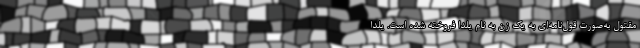
مقتول به‌صورت قول‌نامه‌ای به یک زن به نام یلدا فروخته شده است. یلدا